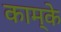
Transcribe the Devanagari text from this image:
काम्के